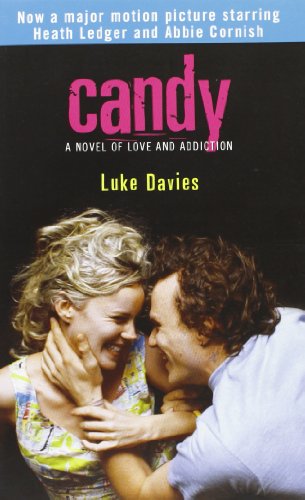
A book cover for Candy: A Novel of Love and Addiction; Luke Davies; Literature & Fiction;